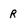
Character: R